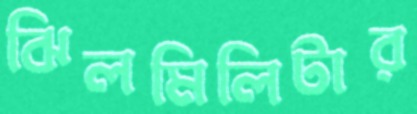
ঝিলমিলিটার